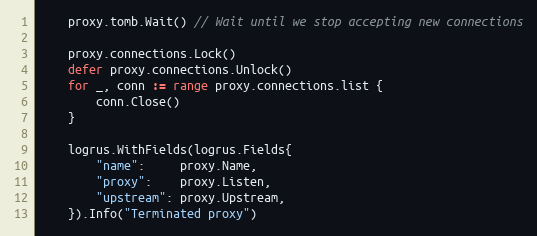
Language: Go
	proxy.tomb.Wait() // Wait until we stop accepting new connections

	proxy.connections.Lock()
	defer proxy.connections.Unlock()
	for _, conn := range proxy.connections.list {
		conn.Close()
	}

	logrus.WithFields(logrus.Fields{
		"name":     proxy.Name,
		"proxy":    proxy.Listen,
		"upstream": proxy.Upstream,
	}).Info("Terminated proxy")